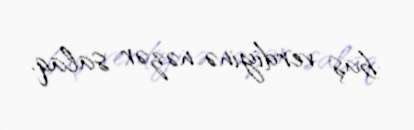
baş verdiyinə nəzər salaq.